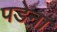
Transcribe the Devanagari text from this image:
पडेना